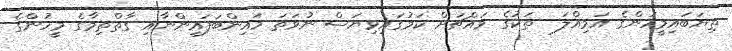
ތިޔަބައިމީހުންގެ އަމިއްލަ  ތަކުގެ މައްޗަށް ކަމުގައިވިޔަސް ނުވަތަ މައިންބަފައިންނާއި ގާތްތިމާގެ މީހުންގެ